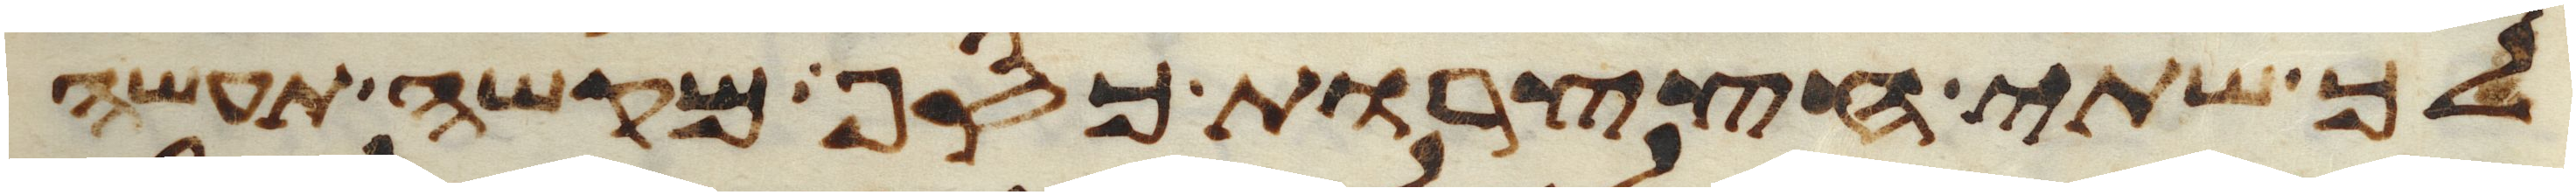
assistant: לך שתי חצצרות כסף מקשה תעשה